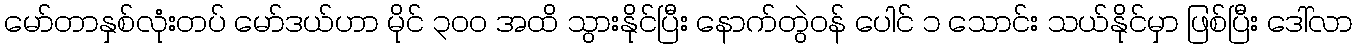
မော်တာနှစ်လုံးတပ် မော်ဒယ်ဟာ မိုင် ၃၀၀ အထိ သွားနိုင်ပြီး နောက်တွဲဝန် ပေါင် ၁ သောင်း သယ်နိုင်မှာ ဖြစ်ပြီး ဒေါ်လာ